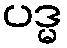
ပဒ္မ